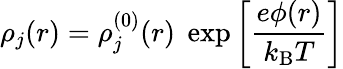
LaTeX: \rho_{j}(r)=\rho_{j}^{(0)}(r)\; \exp\left[{\frac{e\phi(r)}{k_{\mathrm{B}}T}}\right]